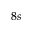
8 s